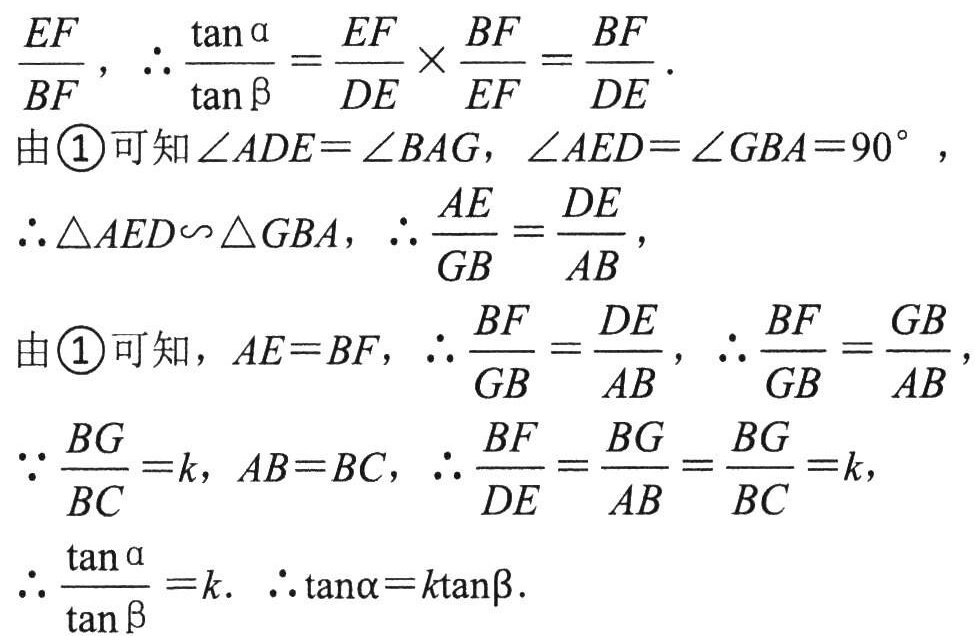
\(\frac{EF}{BF},\ \therefore \frac{\tan\alpha}{\tan\beta}=\frac{EF}{DE}\times\frac{BF}{EF}=\frac{BF}{DE}\).

由\(\textcircled{1}\)可知\(\angle ADE = \angle BAG,\ \angle AED=\angle GBA = 90^{\circ}\),

\(\therefore \triangle AED\sim\triangle GBA,\ \therefore \frac{AE}{GB}=\frac{DE}{AB}\),

由\(\textcircled{1}\)可知，\(AE = BF,\ \therefore \frac{BF}{GB}=\frac{DE}{AB},\ \therefore \frac{BF}{GB}=\frac{GB}{AB}\),

\(\because \frac{BG}{BC}=k,\ AB = BC,\ \therefore \frac{BF}{DE}=\frac{BG}{AB}=\frac{BG}{BC}=k\),

\(\therefore \frac{\tan\alpha}{\tan\beta}=k.\ \therefore \tan\alpha = k\tan\beta\).